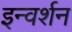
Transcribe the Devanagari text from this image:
इन्वर्शन